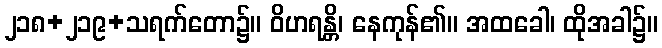
၂၁၈+၂၁၉+သရက်တော၌။ ဝိဟရန္တိ၊ နေကုန်၏။ အထခေါ၊ ထိုအခါ၌။